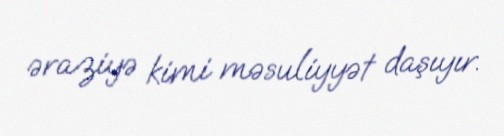
əraziyə kimi məsuliyyət daşıyır.